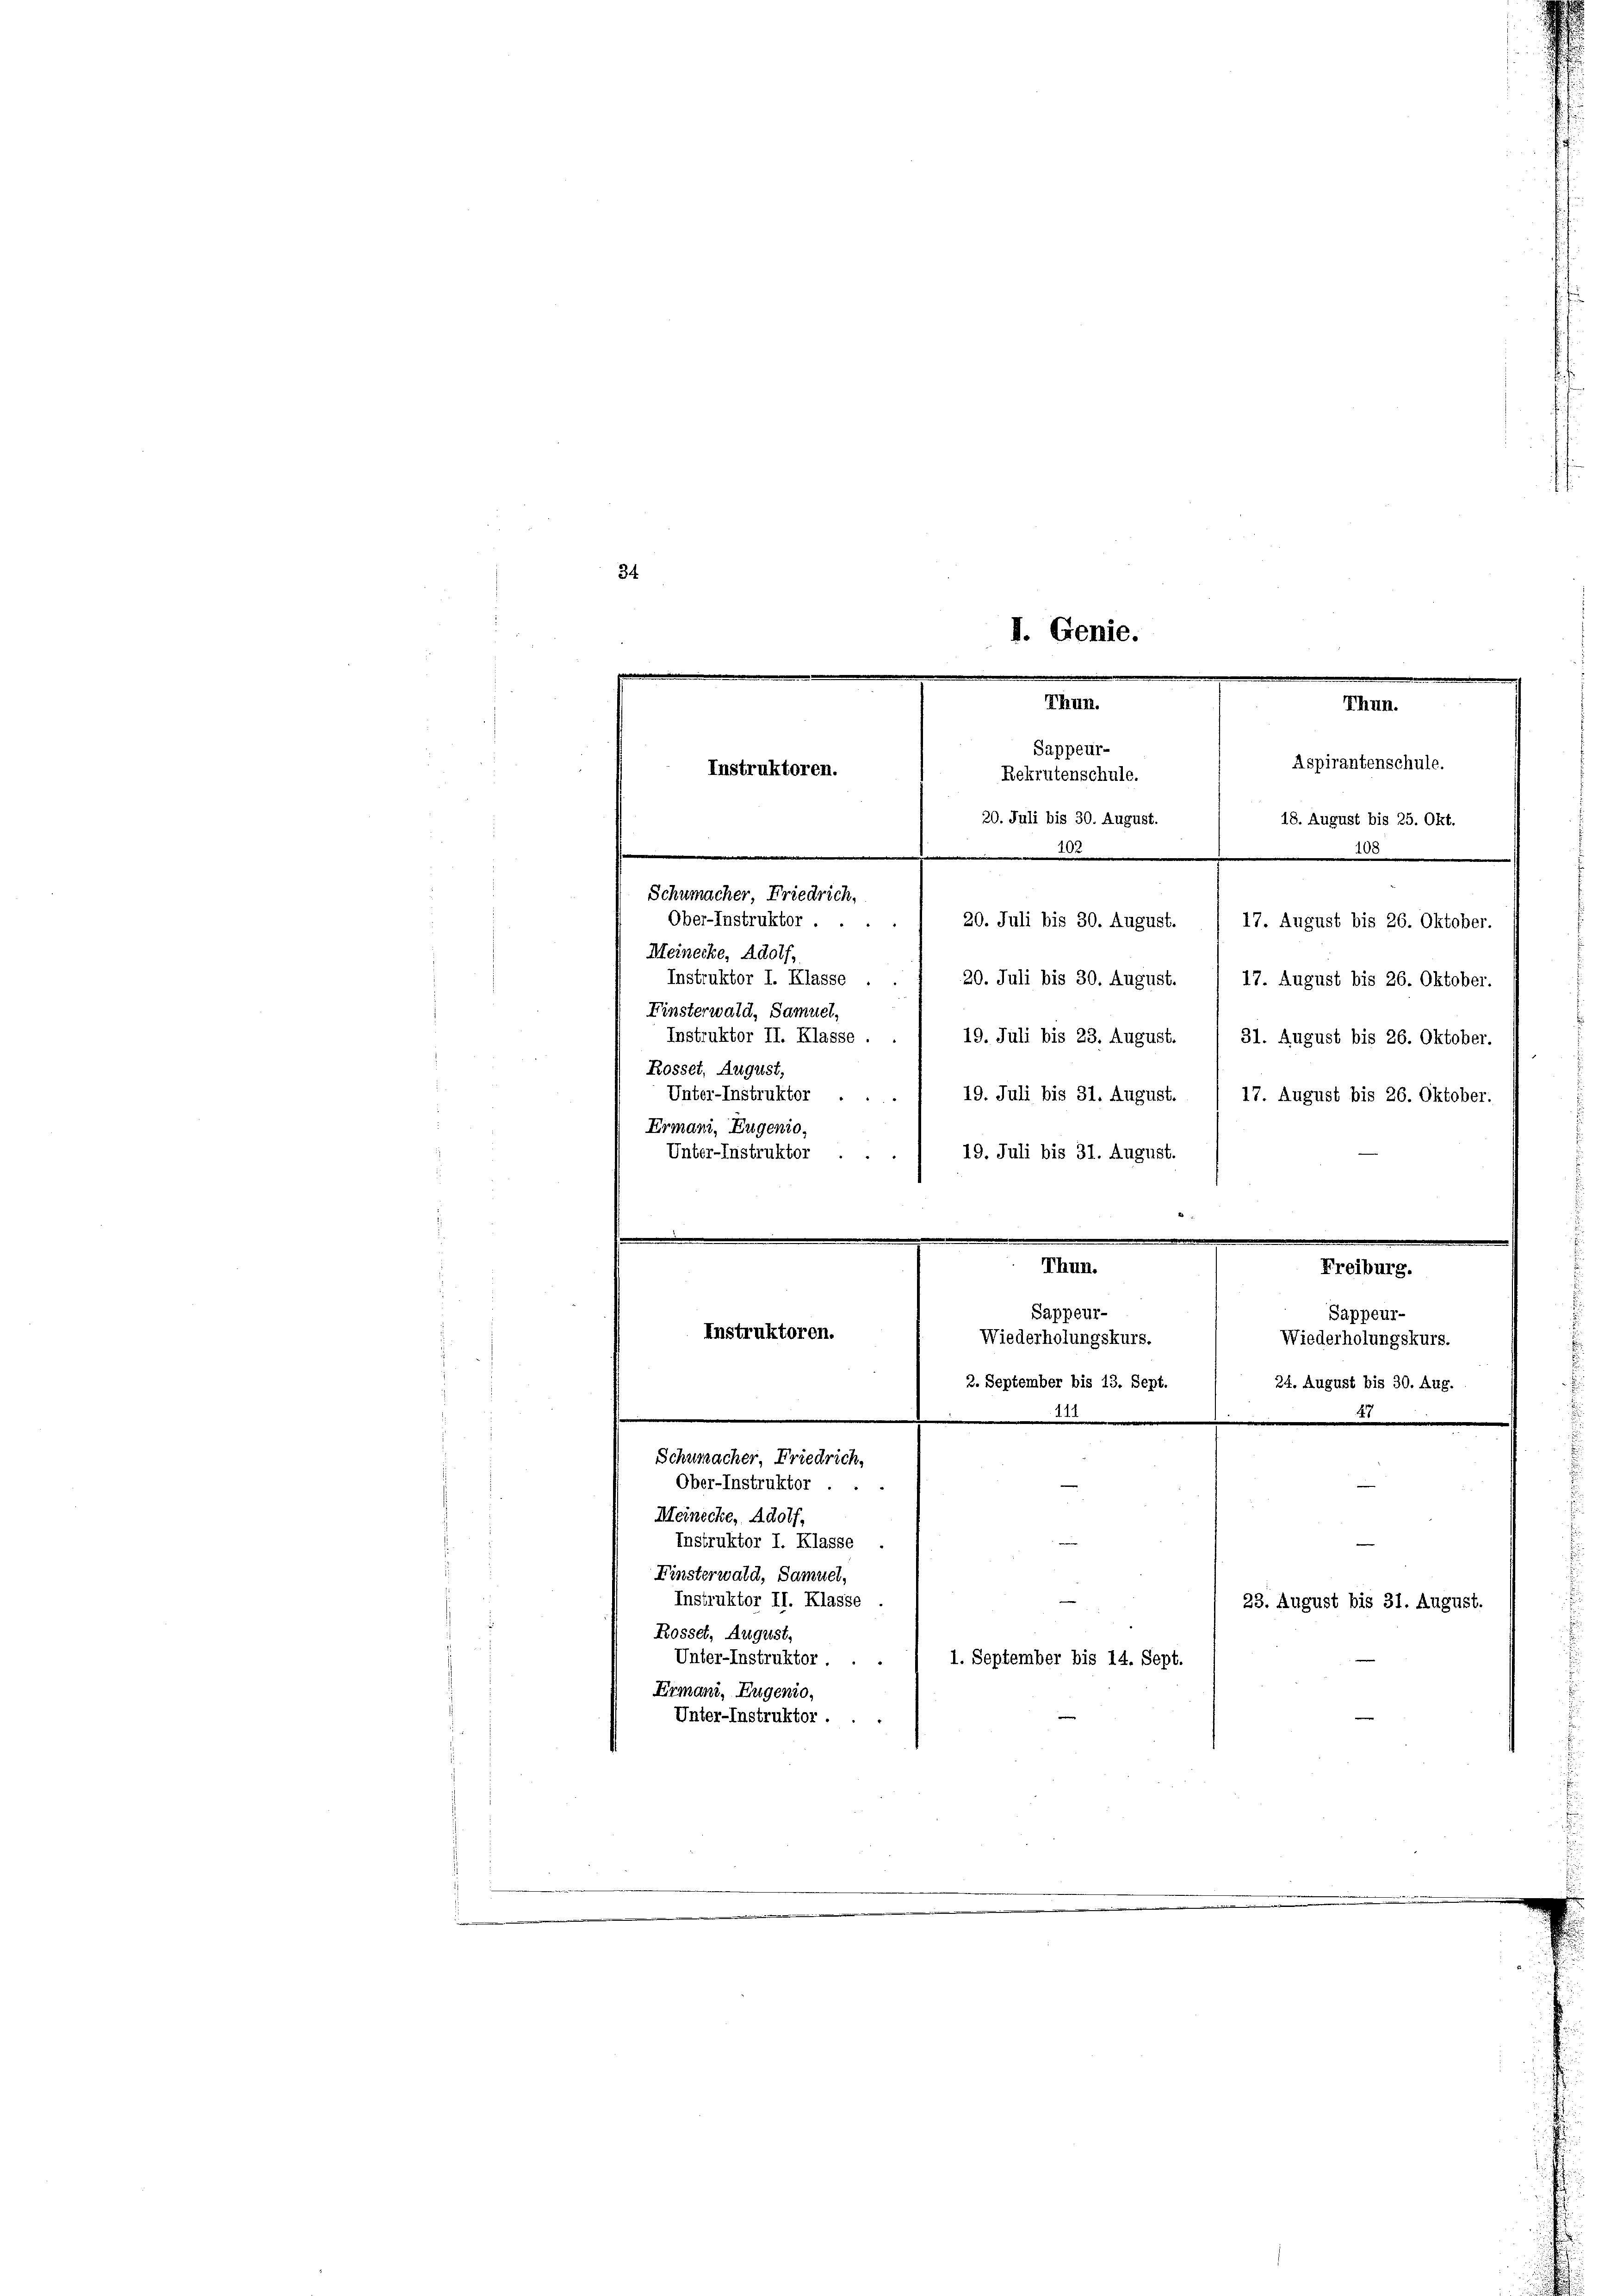
34

Rosset, August,
Unter-Instruktor
19. Juli bis 31. August. / 17. August bis 26. Oktober.
Ermani, Eugenio,
Unter-Instruktor
19. Juli bis 31. August.

Schumacher, Friedrich,
Ober-Instruktor ...
Meinecke, Adolf,
Instruktor I. Klasse .
Einsterwald, Samuel,
Rosset, August,

Instruktoren.

|
Schumacher, Friedrich,
Meinecke, Adolf,
Instruktor I. Klasse
Finsterwald, Samuel,
Instruktor II. Klasse.

Instruktoren.

Instruktor II. Klasse
Unter-Instruktor.
Ermani, Eugenio¬
Unter-Instruktor.

I. Genie.
m
.
Thun.
Thun.
Sappeur-
Aspirantenschule.
Rekrutenschule.
20. Juli bis 30. August.
18. August bis 25. Okt.
108

Ober-Instruktor . . . . / 20. Juli bis 30. August. / 17. August bis 26. Oktober.
20. Juli bis 30. August. / 17. August bis 26. Oktober.
19. Juli bis 23. August. / 31. August bis 26. Oktober.

Thun.
Sappeur-
Wiederholungskurs.
2. September bis 13. Sept.

Freiburg.
Sappeur-
Wiederholungskurs.
24. August bis 30. Aug.

23. August bis 31. August.
1. September bis 14. Sept.